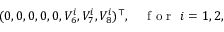
\begin{array} { r } { ( 0 , 0 , 0 , 0 , 0 , V _ { 6 } ^ { i } , V _ { 7 } ^ { i } , V _ { 8 } ^ { i } ) ^ { \top } , \quad \mathrm { ~ f ~ o ~ r ~ } ~ i = 1 , 2 , } \end{array}